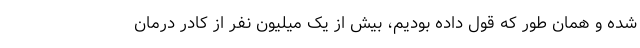
شده و همان طور که قول داده بودیم، بیش از یک میلیون نفر از کادر درمان